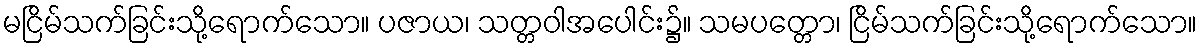
မငြိမ်သက်ခြင်းသို့ရောက်သော။ ပဇာယ၊ သတ္တဝါအပေါင်း၌။ သမပတ္တော၊ ငြိမ်သက်ခြင်းသို့ရောက်သော။